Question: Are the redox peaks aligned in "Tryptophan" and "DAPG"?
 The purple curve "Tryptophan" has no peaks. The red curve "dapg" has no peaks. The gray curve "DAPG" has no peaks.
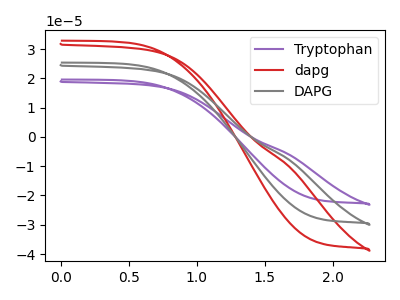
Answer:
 <answer>Niether CV has any peaks.</answer>
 <eval>blanks</eval>